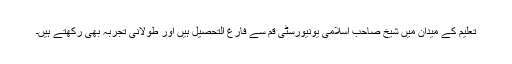
تعلیم کے میدان میں شیخ صاحب اسلامی یونیورسٹی قم سے فارغ التحصیل ہیں اور طولانی تجربہ بھی رکھتے ہیں۔